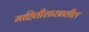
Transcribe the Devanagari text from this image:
माहितीशास्त्रातील